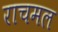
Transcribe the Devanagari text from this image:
राचमल